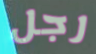
رجل